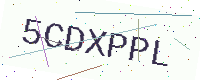
Text: 5CDXPPL